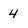
Character: 4